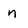
Character: n